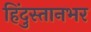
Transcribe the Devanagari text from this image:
हिंदुस्तानभर